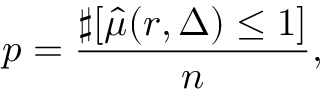
p = \frac { \sharp [ \hat { \mu } ( r , \Delta ) \leq 1 ] } { n } ,